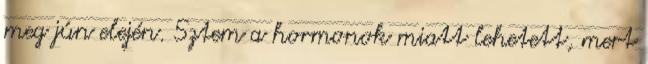
meg jún elején. Sztem a hormonok miatt lehetett, mert